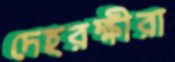
দেহরক্ষীরা